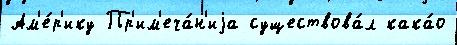
Ам'е́р'ику Пр'им'еча́н'иjа существова́л кака́о